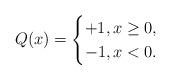
LaTeX: \begin{align*} Q(x)=\begin{cases}+1,x\ge0,\\-1,x<0.\end{cases}\end{align*}